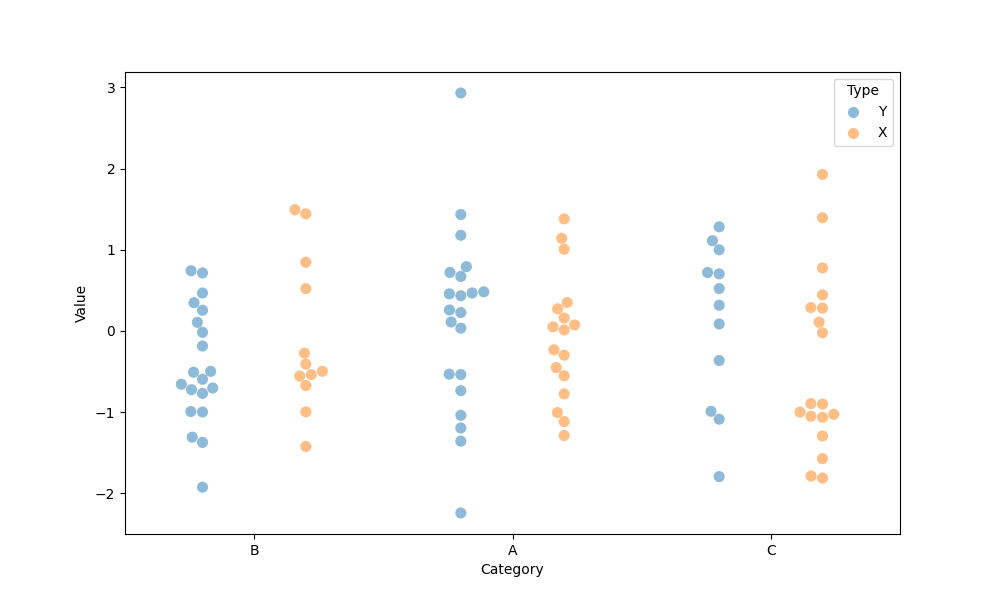
python, seaborn, swarmplot, dodge=True, alpha=0.5, size=8